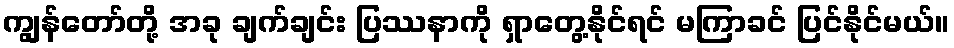
ကျွန်တော်တို့ အခု ချက်ချင်း ပြဿနာကို ရှာတွေ့နိုင်ရင် မကြာခင် ပြင်နိုင်မယ်။